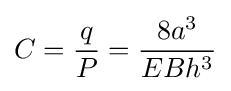
C={\frac {q}{P}}={\frac {8a^{3}}{EBh^{3}}}